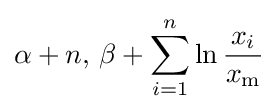
\alpha +n,\,\beta +\sum _{i=1}^{n}\ln {\frac {x_{i}}{x_{\mathrm {m} }}}\!